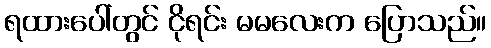
ရထားပေါ်တွင် ငိုရင်း မမလေးက ပြောသည်။